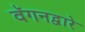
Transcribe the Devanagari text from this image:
वॅगनद्वारे